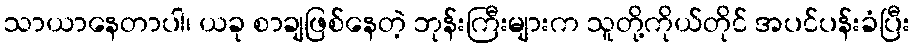
သာယာနေတာပါ၊ ယခု စာချဖြစ်နေတဲ့ ဘုန်းကြီးများက သူတို့ကိုယ်တိုင် အပင်ပန်းခံပြီး